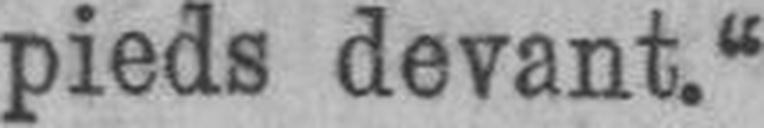
pieds devant.“